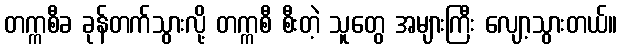
တက္ကစီခ ခုန်တက်သွားလို့ တက္ကစီ စီးတဲ့ သူတွေ အများကြီး လျော့သွားတယ်။